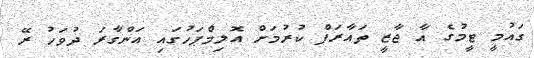
ގައުމީ ޓީމުގެ އާ ޖާޒީ ތައާރަފް ކުރުމަށް އޮލިމްޕަހުގައި އަންގާރަ ދުވަހު ރޭ